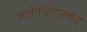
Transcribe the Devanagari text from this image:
अलेक्झांडरकडे